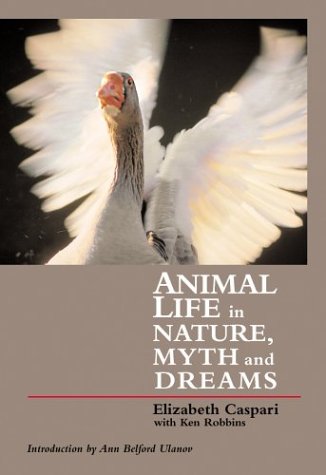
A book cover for Animal Life in Nature, Myths, and Dreams; Elizabeth Caspari; Reference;